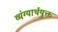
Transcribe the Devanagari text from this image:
व्यंग्यार्थयुक्त